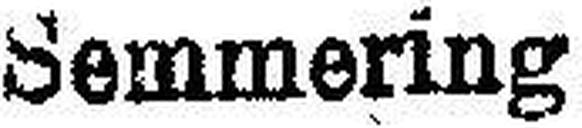
Semmering